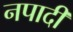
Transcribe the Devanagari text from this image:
नपादी